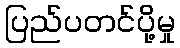
ပြည်ပတင်ပို့မှု